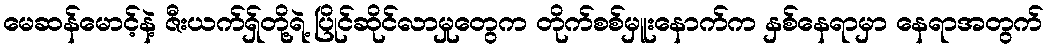
မေဆန်မောင့်နဲ့ ဇီးယက်ရှ်တို့ရဲ့ ပြိုင်ဆိုင်လာမှုတွေက တိုက်စစ်မှူးနောက်က နှစ်နေရာမှာ နေရာအတွက်